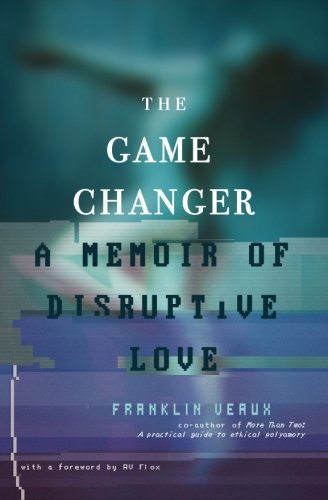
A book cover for The Game Changer: A memoir of disruptive love; Franklin Veaux; Medical Books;